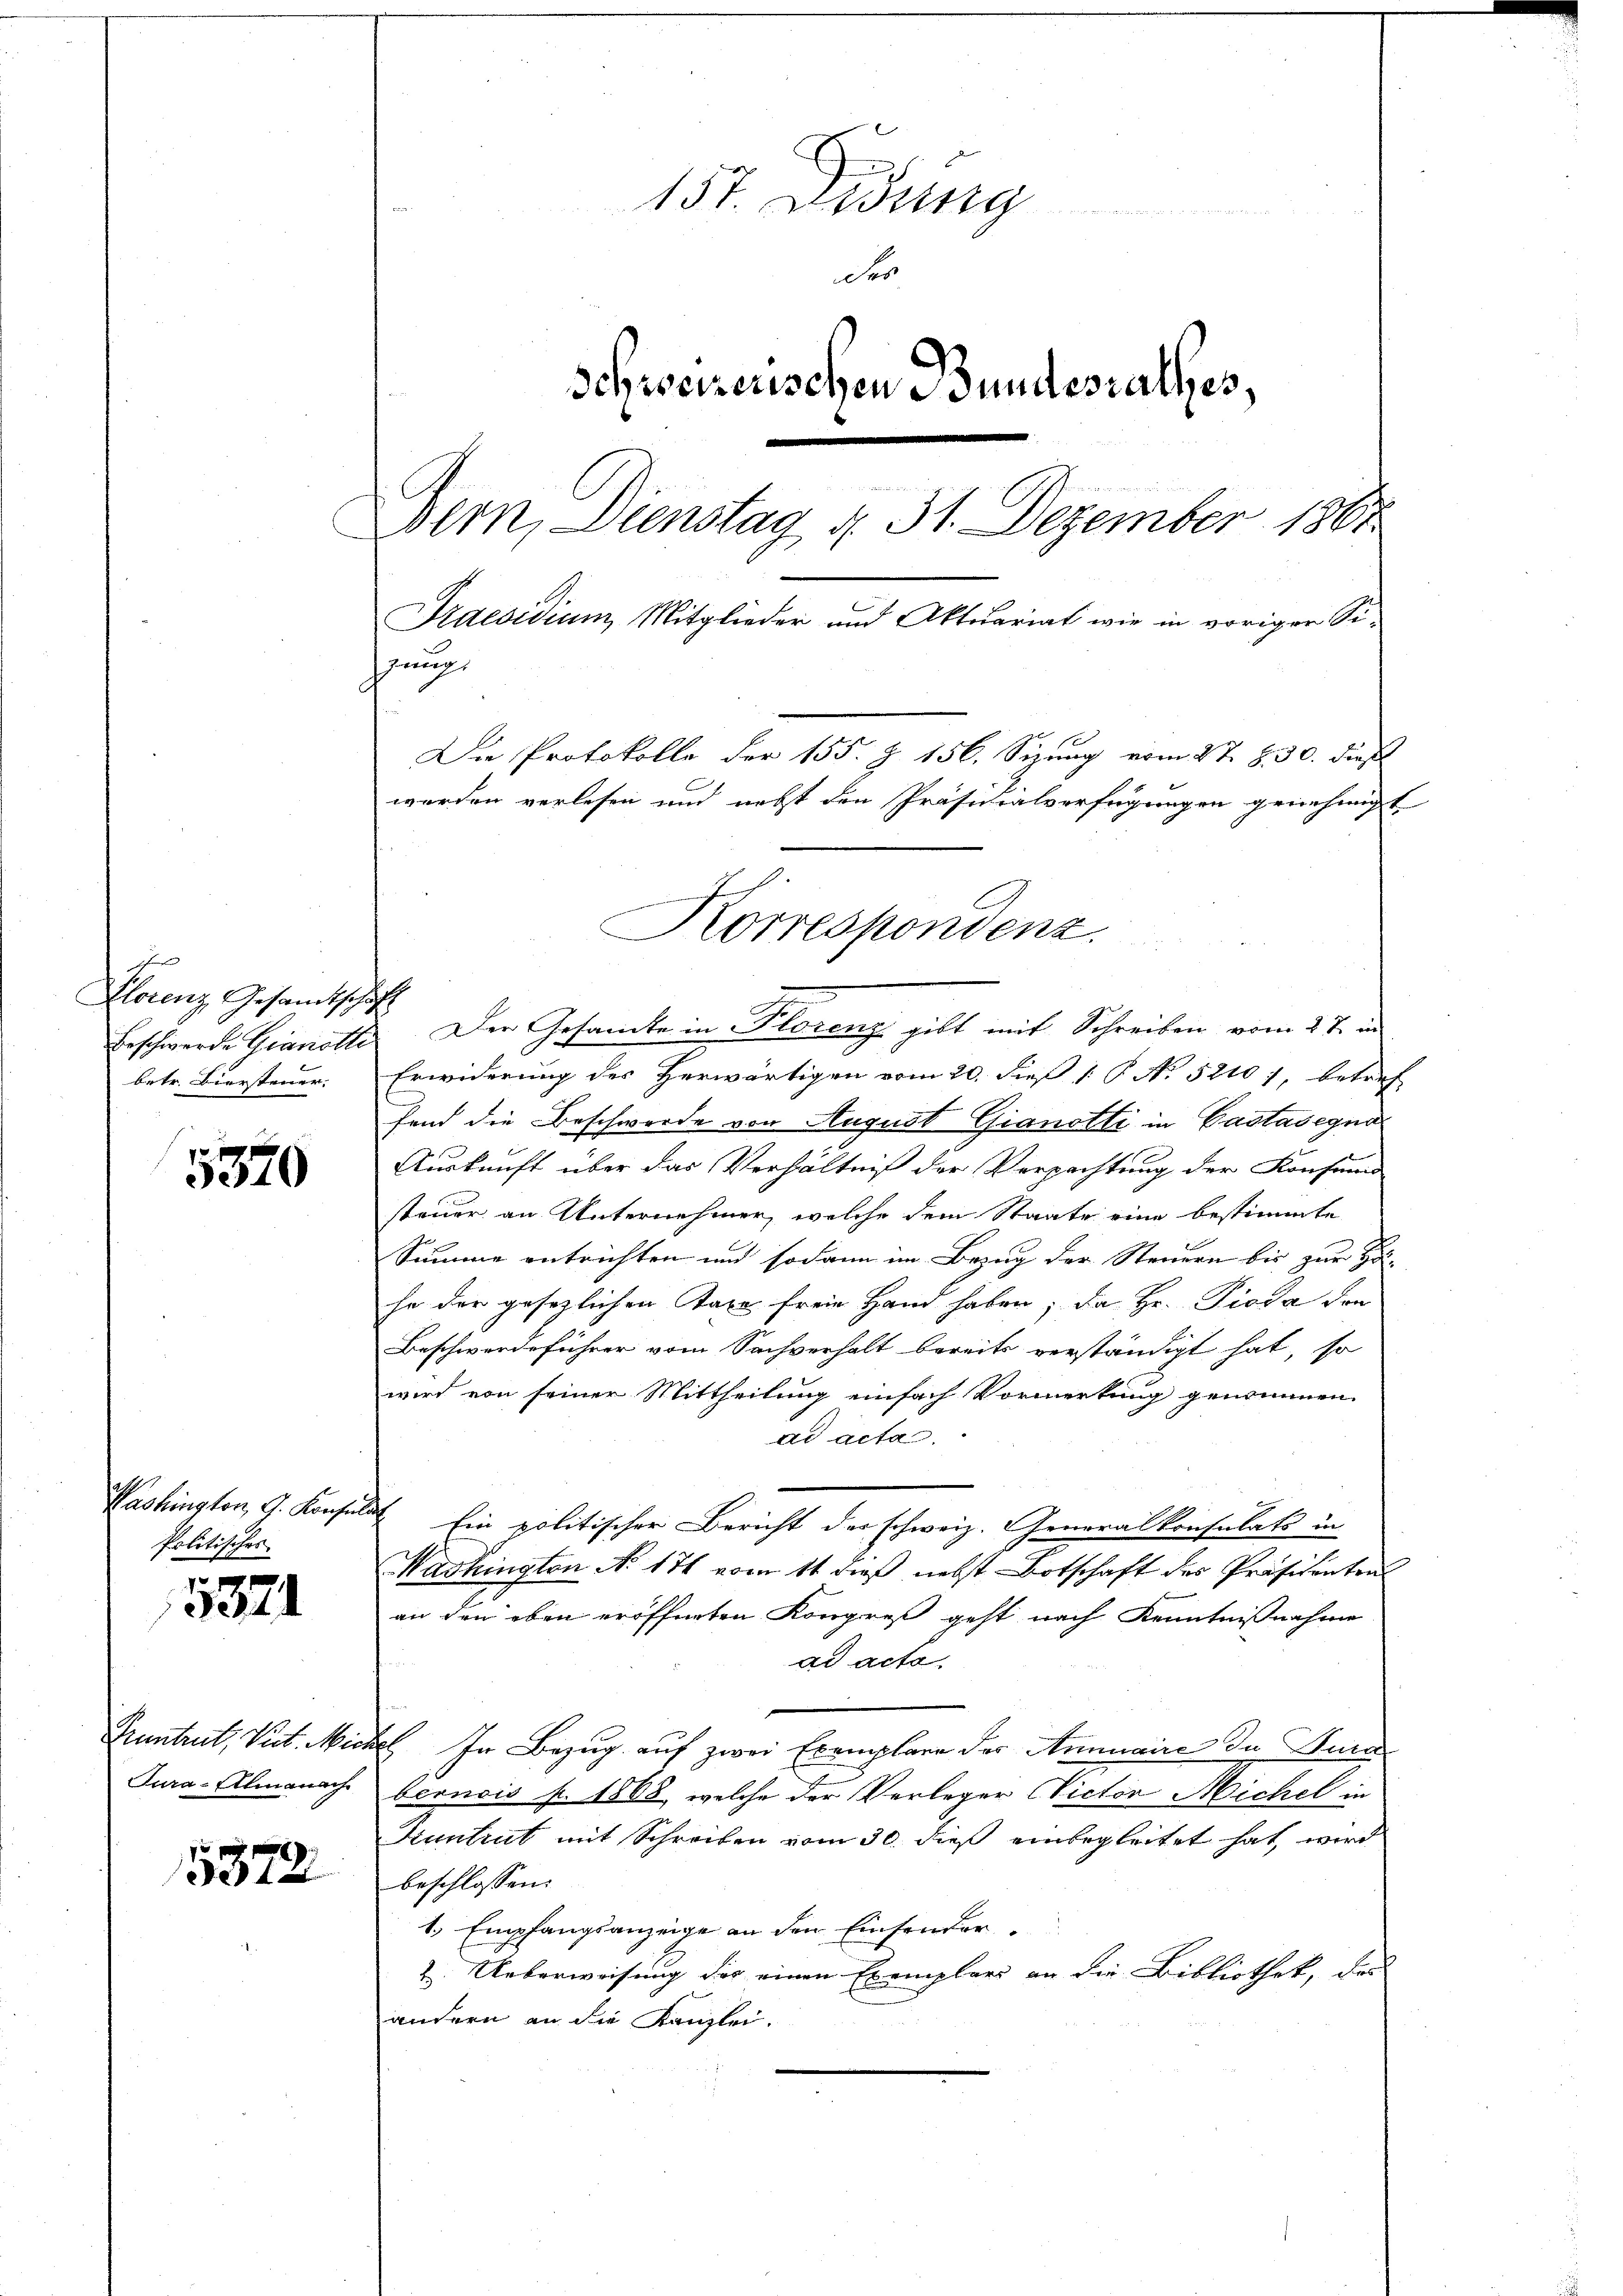
5370

Politisches

5371

5372

157. Didung
Fer
Schweizerischen Bundestalles,
Bern, Dienstag d. 31. Dezember 1861
Praesidian Mitglieder und Aktuariat wir in vorigen Sehinung
Die Protokolle der 155. Z. 156. Sizung vom 27. 8. 30. dieß
werden verlesen und nebst den Präsidialverfügungen genehmigt

d
Florenz Gesandtschaft
betr. Biersteuer.

Tura-Almanach

Korrespondenz.

Beschwerde Gianotte. Der Gesandte in Florenz gilt mit Schreiben vom 27. in
Erwiderung des Herwärtigen vom 20. dieß 1 P. No 52101, betref
fend die Beschwerde von August Gianotti in Castasegna
Auskunft über das Verhältniß der Verpachtung der Konsern
steuer an Unternehmer, welche dem Staate eine bestimmte
Summe entrichten und sodann im Bezug der Steuern bis zur Hol-
he der gesezlichen Taxe freie Hand haben; da Hr. Pioda die
Beschwerdeführer vom Sachverhalt bereits verständigt hat, so
wird von seiner Mittheilung einfach Vormerkung genommen.
ad acta.
Washington, G. Konsuls Ein politischer Bericht der schweiz. Generalkonsulats in
Washington No 171 vom 11 dieß nebst Botschaft des Präsidenten
an den eben eröffneten Kongreß geht nach Kenntnißnahme
ad acta.
Pruntrut, Vit. Michel. In Bezug auf zwei Exemplare der Ammaire in Kura
bernois p. 1868, welche der Verleger Victor Michel in
Kuntrut mit Schreiben vom 30. dieß einbegleitet hat, wird
beschlossen:
1. Empfangsanzeige an den Einsender¬
2. Ueberweisung des einen Exemplars an die Bibliothek, des
andern an die Kanzlei.